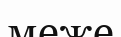
меже